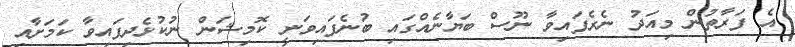
އެ ފަރާތުން މިއަދު ނެރެފައިވާ ނޫސް ބަޔާނެއްގައި ބުނެފައިވަނީ ކޮމިޝަން ނުކުޅެދިފައިވާ ކަމަށާއި